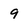
Character: 9